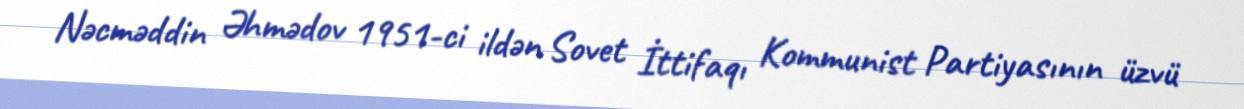
Nəcməddin Əhmədov 1951-ci ildən Sovet İttifaqı Kommunist Partiyasının üzvü